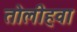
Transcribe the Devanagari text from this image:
तोलीहवा